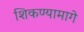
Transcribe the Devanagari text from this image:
शिकण्यामागे